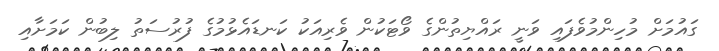
ގައުމަށް މުހިންމުވެފައި ވަނީ ރައްޔިތުންގެ ވޯޓަކުން ވެރިއަކު ކަނޑައެޅުމުގެ ފުރުސަތު ލިބުން ކަމަށާއި